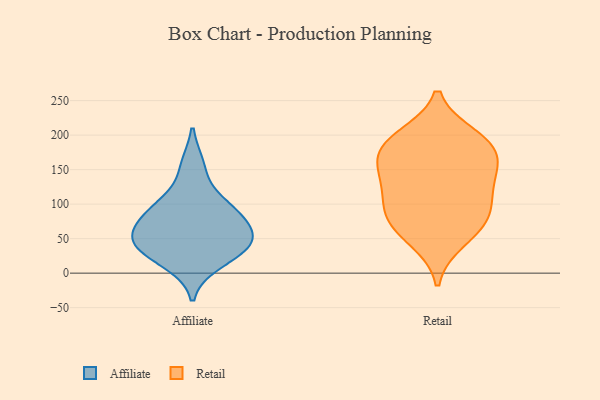
{"axis": {"x": "Net Income (USD K)", "y": "Value"}, "legend": ["Affiliate", "Retail"], "data": [{"x": "", "y": 79, "type": "Affiliate"}, {"x": "", "y": 67, "type": "Affiliate"}, {"x": "", "y": 15, "type": "Affiliate"}, {"x": "", "y": 44, "type": "Affiliate"}, {"x": "", "y": 96, "type": "Affiliate"}, {"x": "", "y": 34, "type": "Affiliate"}, {"x": "", "y": 41, "type": "Affiliate"}, {"x": "", "y": 99, "type": "Affiliate"}, {"x": "", "y": 155, "type": "Affiliate"}, {"x": "", "y": 51, "type": "Affiliate"}, {"x": "", "y": 168, "type": "Retail"}, {"x": "", "y": 130, "type": "Retail"}, {"x": "", "y": 79, "type": "Retail"}, {"x": "", "y": 88, "type": "Retail"}, {"x": "", "y": 65, "type": "Retail"}, {"x": "", "y": 126, "type": "Retail"}, {"x": "", "y": 198, "type": "Retail"}, {"x": "", "y": 167, "type": "Retail"}, {"x": "", "y": 47, "type": "Retail"}, {"x": "", "y": 147, "type": "Retail"}, {"x": "", "y": 188, "type": "Retail"}, {"x": "", "y": 192, "type": "Retail"}, {"x": "", "y": 96, "type": "Retail"}]}